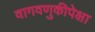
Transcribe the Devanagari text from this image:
वागवणुकीपेक्षा